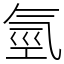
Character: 氫